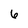
Character: 6